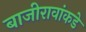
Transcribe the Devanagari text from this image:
बाजीरावांकडे